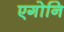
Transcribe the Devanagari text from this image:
एगोनि